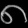
Digit: ၈